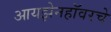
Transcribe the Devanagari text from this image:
आयझेनहॉवरचे